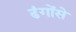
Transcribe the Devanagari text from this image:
ढंगोंसे